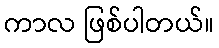
ကာလ ဖြစ်ပါတယ်။